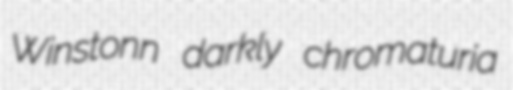
Winstonn darkly chromaturia